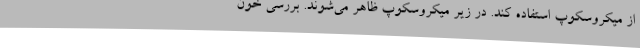
از میکروسکوپ استفاده کند. در زیر میکروسکوپ ظاهر می‌شوند. بررسی خون